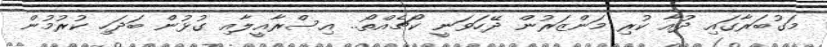
މަގުބަރާގައި ދުއާ ކުރި މަންޒަރުން ދޭހަވަނީ ކޯޗެއްތޯ.. އިސްރާއީލާއި ގުޅުން ބަދަހި ކުރުމުން